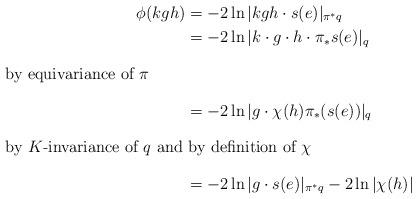
LaTeX: \begin{align*}\phi(kgh)& =-2\ln|kgh\cdot s(e)|_{\pi^*q} \\& = -2\ln|k\cdot g\cdot h\cdot \pi_*s(e)|_q \\\intertext{by equivariance of $\pi$}& = -2\ln|g\cdot \chi(h) \pi_*(s(e))|_q \\\intertext{by $K$-invariance of $q$ and by definition of $\chi$}& = -2\ln|g\cdot s(e)|_{\pi^*q}- 2\ln|\chi(h)|\end{align*}